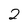
Character: 2